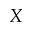
X